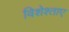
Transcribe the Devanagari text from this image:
विशेश्ताए